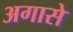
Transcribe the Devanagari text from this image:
अगासे